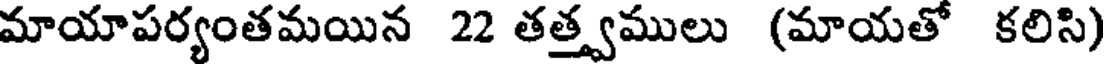
మాయాపర్యంతమయిన 22 తత్త్వములు (మాయతో కలిసి)